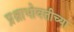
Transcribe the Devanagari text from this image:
प्रश्नाभोवतीच्या